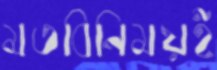
মতবিনিময়ই